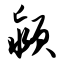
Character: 颍